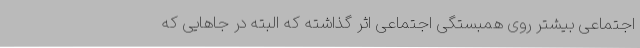
اجتماعی بیشتر روی همبستگی اجتماعی اثر گذاشته که البته در جاهایی که